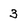
Character: 3